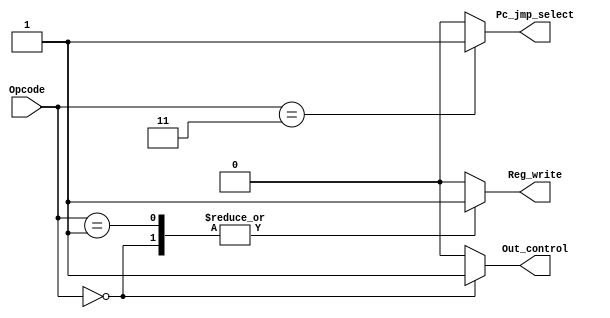


module Control_Unit(
  input [1:0] Opcode,
 
  output reg Reg_write,
  output reg Out_control,
  output reg Pc_jmp_select);
  

  always@(*)
  
  begin
  
    case(Opcode)
    2'b00: begin
           Reg_write = 1;
           Out_control = 1;
           Pc_jmp_select = 0;
           end          
    2'b01: begin
           Reg_write = 1;
           Out_control = 0;
           Pc_jmp_select = 0;
           end          
    2'b11: begin
           Reg_write = 0;
           Out_control = 0;
           Pc_jmp_select = 1;
           end          
     default:begin                          
             Reg_write= 0;
             Out_control= 0;
             Pc_jmp_select = 0;
             end
    endcase
              
  end          

  
endmodule